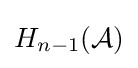
H_{n-1}({\mathcal {A}})